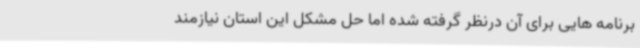
برنامه هایی برای آن درنظر گرفته شده اما حل مشکل این استان نیازمند